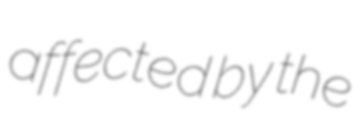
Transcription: affected by the